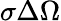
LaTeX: \sigma\Delta\Omega